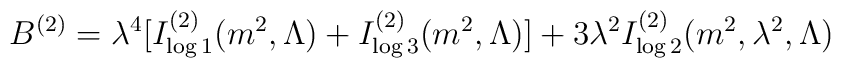
B^{(2)}=\lambda ^{4}[I_{\log 1}^{(2)}(m^{2},\Lambda )+I_{\log3}^{(2)}(m^{2},\Lambda )]+3\lambda ^{2}I_{\log 2}^{(2)}(m^{2},\lambda^{2},\Lambda )